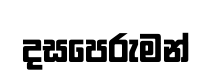
දසපෙරුමන්